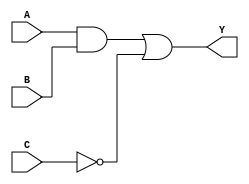
module combinational_logic_block (
    input wire A,     // Input A
    input wire B,     // Input B
    input wire C,     // Input C
    output wire Y     // Output Y
);

// Internal signals
wire A_and_B;        // Intermediate signal for A AND B
wire not_C;         // Intermediate signal for NOT C

// Logic Implementation
assign A_and_B = A & B;  // AND gate
assign not_C = ~C;       // NOT gate
assign Y = A_and_B | not_C; // OR gate

endmodule